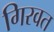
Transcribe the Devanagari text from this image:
गिरवत